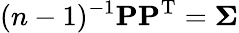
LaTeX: (n-1)^{-1}\mathbf{P}\mathbf{P}^{\mathrm{T}}=\boldsymbol{\Sigma}